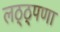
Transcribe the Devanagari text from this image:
लठ्ठ्पणा